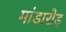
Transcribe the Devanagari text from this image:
मांडारोड़